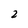
Character: 2